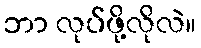
ဘာ လုပ်ဖို့လိုလဲ။